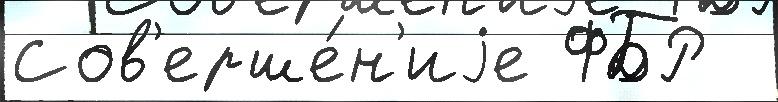
Сов'ерше́н'иjе ФБР